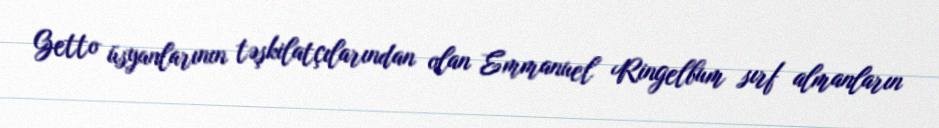
Getto üsyanlarının təşkilatçılarından olan Emmanuel Ringelbum sırf almanların